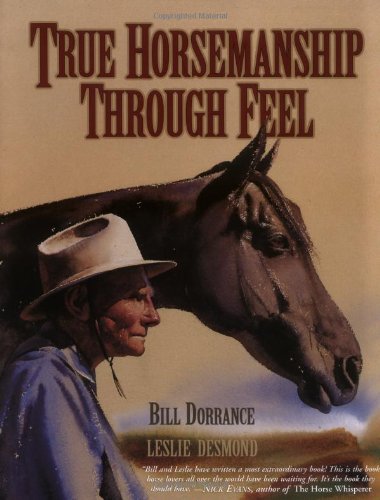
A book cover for True Horsemanship Through Feel; Bill Dorrance; Sports & Outdoors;